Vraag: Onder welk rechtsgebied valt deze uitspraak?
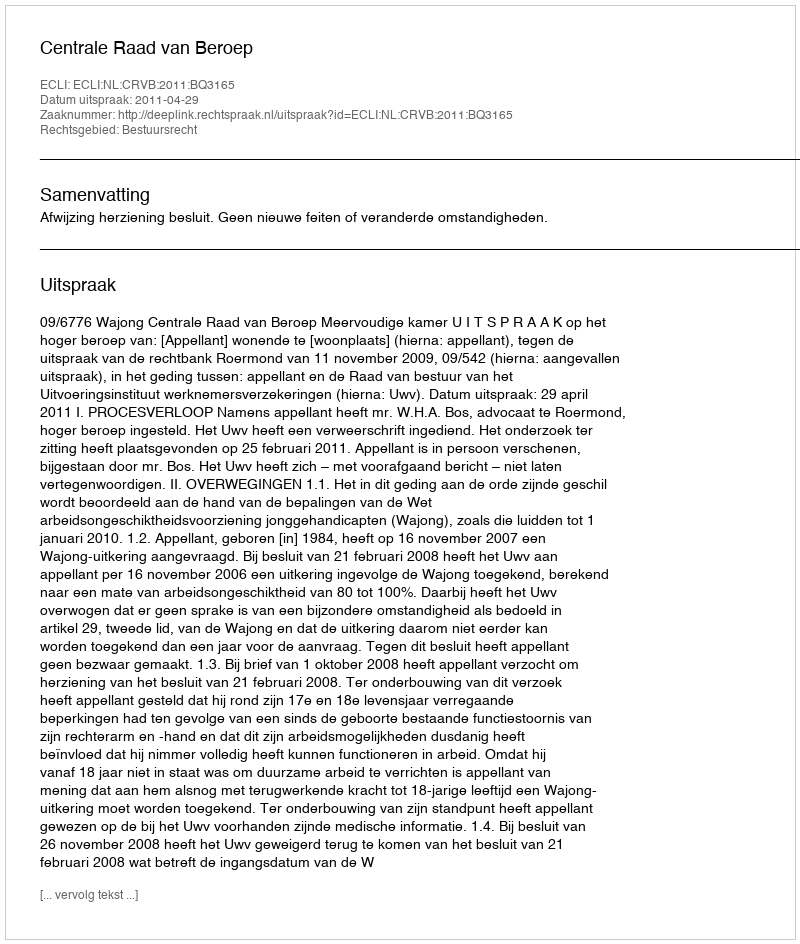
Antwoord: Bestuursrecht